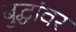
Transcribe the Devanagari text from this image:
बुद्धांवर